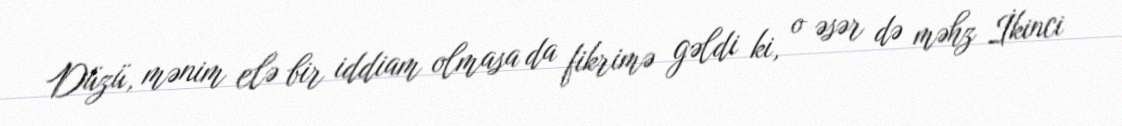
Düzü, mənim elə bir iddiam olmasa da fikrimə gəldi ki, o əsər də məhz İkinci